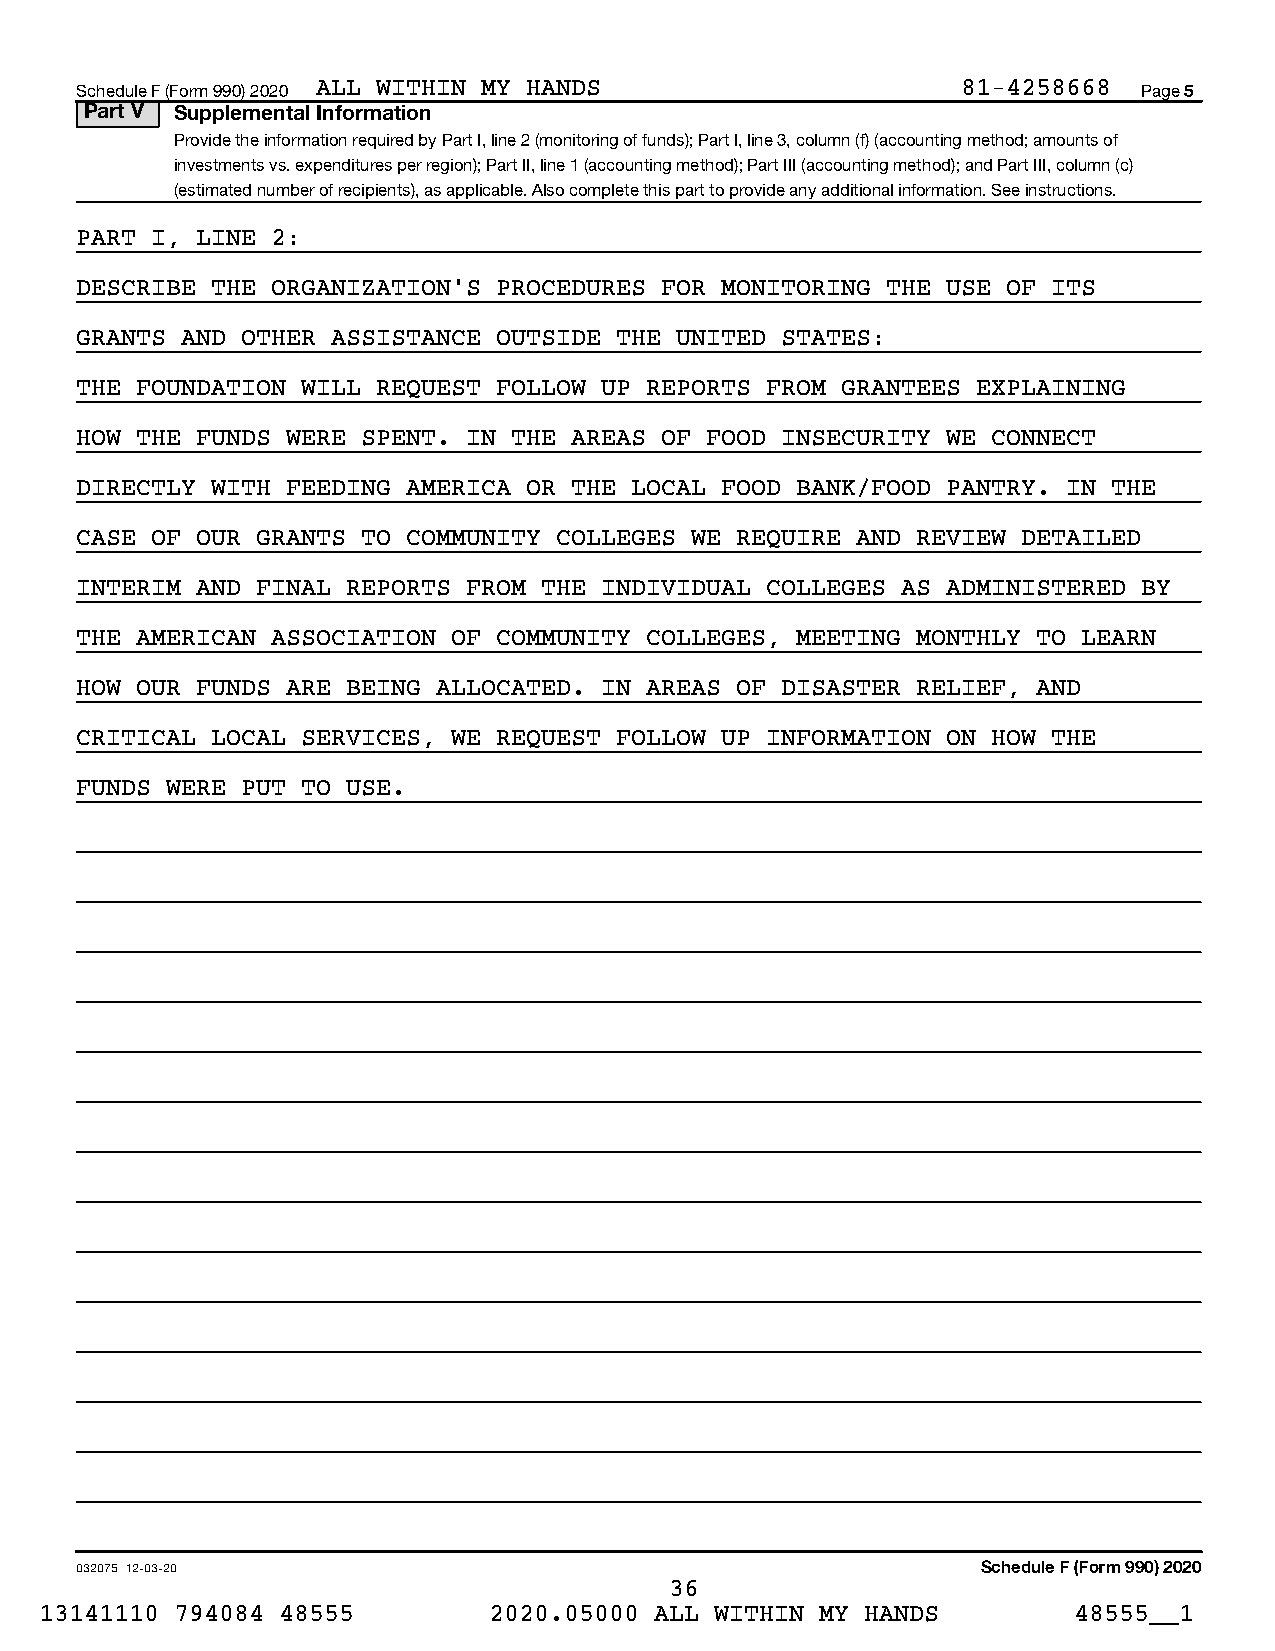
Schedule F (Form 990) 2020 ALL WITHIN MY HANDS             81-4258668  Page 5
 Part V Supplemental Information
 Provide the information required by Part I, line 2 (monitoring of funds); Part I, line 3, column (f) (accounting method; amounts of
 investments vs. expenditures per region); Part II, line 1 (accounting method); Part III (accounting method); and Part III, column (c)
 (estimated number of recipients), as applicable. Also complete this part to provide any additional information. See instructions.
 PART I, LINE 2:
 DESCRIBE THE ORGANIZATION’S PROCEDURES FOR MONITORING THE USE OF ITS
 GRANTS AND OTHER ASSISTANCE OUTSIDE THE UNITED STATES:
 THE FOUNDATION WILL REQUEST FOLLOW UP REPORTS FROM GRANTEES EXPLAINING
 HOW THE FUNDS WERE SPENT. IN THE AREAS OF FOOD INSECURITY WE CONNECT
 DIRECTLY WITH FEEDING AMERICA OR THE LOCAL FOOD BANK/FOOD PANTRY. IN THE
 CASE OF OUR GRANTS TO COMMUNITY COLLEGES WE REQUIRE AND REVIEW DETAILED
 INTERIM AND FINAL REPORTS FROM THE INDIVIDUAL COLLEGES AS ADMINISTERED BY
 THE AMERICAN ASSOCIATION OF COMMUNITY COLLEGES, MEETING MONTHLY TO LEARN
 HOW OUR FUNDS ARE BEING ALLOCATED. IN AREAS OF DISASTER RELIEF, AND
 CRITICAL LOCAL SERVICES, WE REQUEST FOLLOW UP INFORMATION ON HOW THE
 FUNDS WERE PUT TO USE.
 032075 12-03-20                                             Schedule F (Form 990) 2020
 36
 13141110 794084 48555        2020.05000 ALL WITHIN MY HANDS         48555__1